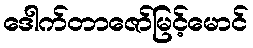
ဒေါက်တာဇော်မြင့်မောင်